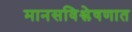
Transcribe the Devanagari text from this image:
मानसविश्लेषणात